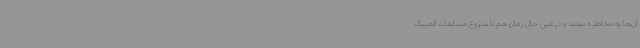
آن‌ها به مخاطره بیفتد و درعین حال زمان هم تا شروع مسابقات المپیک